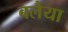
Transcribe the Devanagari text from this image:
बलैया